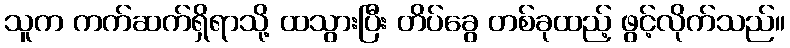
သူက ကက်ဆက်ရှိရာသို့ ထသွားပြီး တိပ်ခွေ တစ်ခုထည့် ဖွင့်လိုက်သည်။